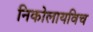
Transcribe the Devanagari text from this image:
निकोलायविच